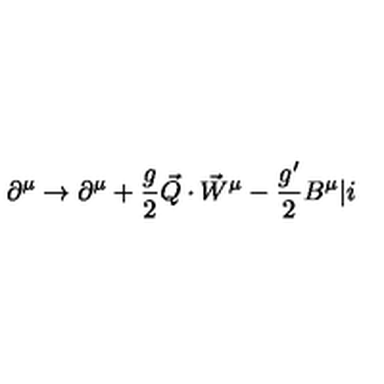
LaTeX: \partial ^ { \mu } \rightarrow \partial ^ { \mu } + \frac { g } { 2 } \vec { Q } \cdot { \vec { W } } ^ { \mu } - \frac { g ^ { \prime } } { 2 } B ^ { \mu } \vert i